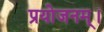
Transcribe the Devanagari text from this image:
प्रयोजनम्।